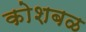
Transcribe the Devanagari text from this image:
कोशबळ